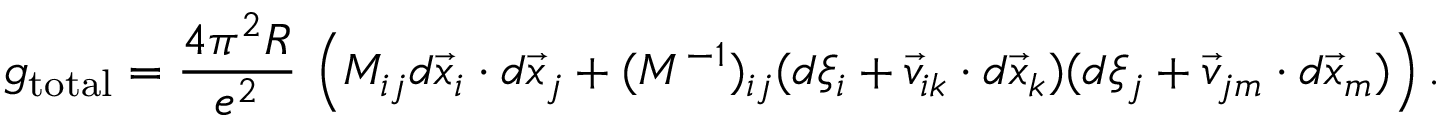
g _ { \mathrm { t o t a l } } = \frac { 4 \pi ^ { 2 } R } { e ^ { 2 } } \, \left( M _ { i j } d \vec { x } _ { i } \cdot d \vec { x } _ { j } + ( M ^ { - 1 } ) _ { i j } ( d \xi _ { i } + \vec { v } _ { i k } \cdot d \vec { x } _ { k } ) ( d \xi _ { j } + \vec { v } _ { j m } \cdot d \vec { x } _ { m } ) \right) .